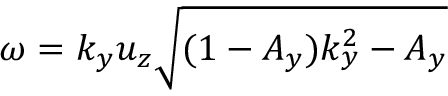
\begin{array} { r } { \omega = k _ { y } u _ { z } \sqrt { ( 1 - A _ { y } ) k _ { y } ^ { 2 } - A _ { y } } } \end{array}